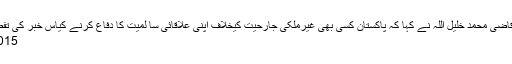
ایک بیان میں دفتر خارجہ کے ترجمان قاضی محمد خلیل اللہ نے کہا کہ پاکستان کسی بھی غیرملکی جارحیت کیخلاف اپنی علاقائی سا لمیت کا دفاع کرنے کیاس خبر کی تفصیل پڑھنے کیلئے یہاں پر کلک کیجئے
11/06/2015 - 13:32:26 :وقت اشاعت